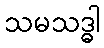
သမသဒ္ဓါ